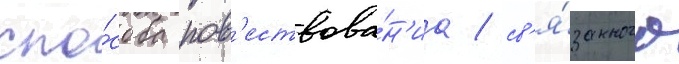
спо́соба пов'ествова́н'иа / св'я́занного